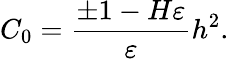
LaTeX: C_{0}=\frac{\pm 1-H\varepsilon}{\varepsilon}h^{2}.